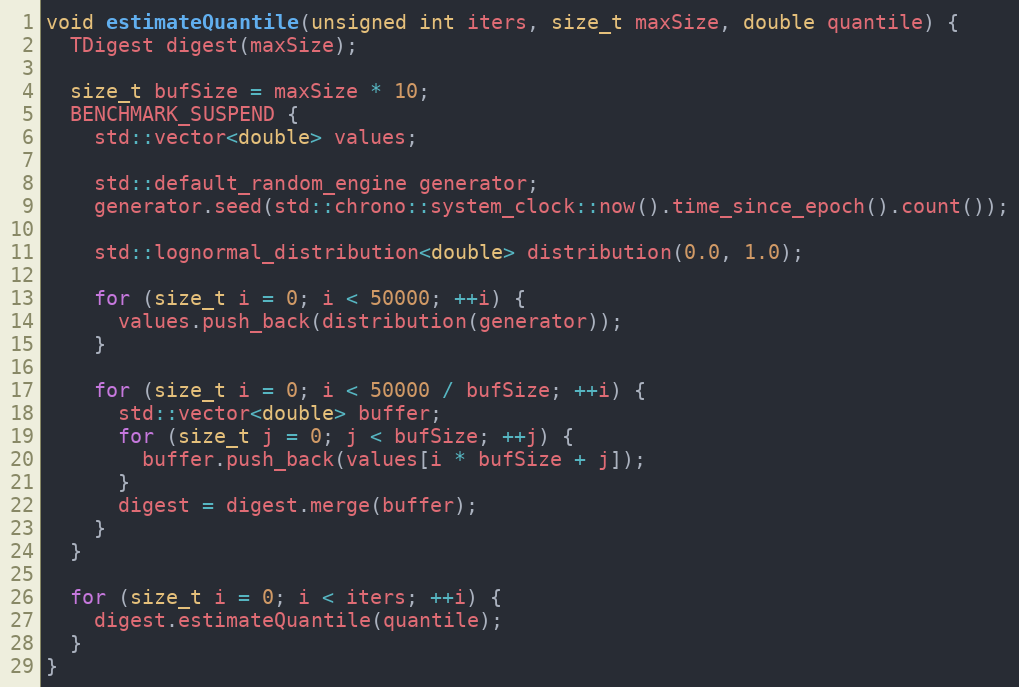
Language: C++
void estimateQuantile(unsigned int iters, size_t maxSize, double quantile) {
  TDigest digest(maxSize);

  size_t bufSize = maxSize * 10;
  BENCHMARK_SUSPEND {
    std::vector<double> values;

    std::default_random_engine generator;
    generator.seed(std::chrono::system_clock::now().time_since_epoch().count());

    std::lognormal_distribution<double> distribution(0.0, 1.0);

    for (size_t i = 0; i < 50000; ++i) {
      values.push_back(distribution(generator));
    }

    for (size_t i = 0; i < 50000 / bufSize; ++i) {
      std::vector<double> buffer;
      for (size_t j = 0; j < bufSize; ++j) {
        buffer.push_back(values[i * bufSize + j]);
      }
      digest = digest.merge(buffer);
    }
  }

  for (size_t i = 0; i < iters; ++i) {
    digest.estimateQuantile(quantile);
  }
}